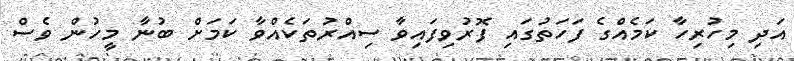
އަދި މިހުރިހާ ކަމެއްގެ ފަހަތުގައި ފޮރުވިފައިވާ ސިއްރުތަކެއްވާ ކަމަށް ބުނާ މީހުން ވެސް